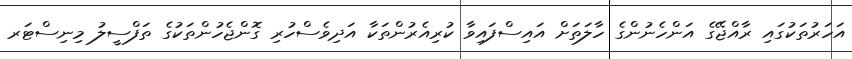
އަހަރުތަކުގައި ރާއްޖޭގެ އަންހެނުންގެ ހާލަތަށް އައިސްފައިވާ ކުރިއެރުންތަކާ އަދިވެސްހުރި ގޮންޖެހުންތަކުގެ ތަފްސީލު މިނިސްޓަރ